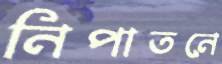
নিপাতনে